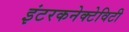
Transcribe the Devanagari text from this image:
इंटरकनेक्टेविटी